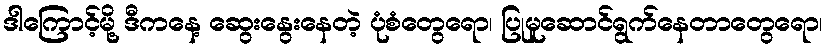
ဒါကြောင့်မို့ ဒီကနေ့ ဆွေးနွေးနေတဲ့ ပုံစံတွေရော၊ ပြုမူဆောင်ရွက်နေတာတွေရော၊